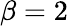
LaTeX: \beta=2